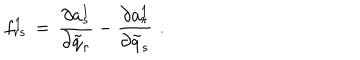
f _ { r s } ^ { 1 } \, = \, { \frac { \partial a _ { s } ^ { 1 } } { \partial { \tilde { q } } _ { r } } } - { \frac { \partial a _ { r } ^ { 1 } } { \partial { \tilde { q } } _ { s } } } \, \, .